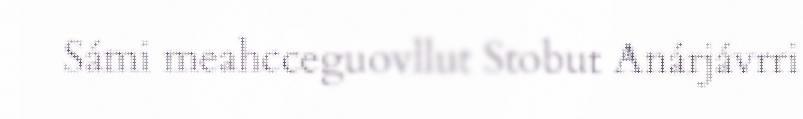
Sámi meahcceguovllut Stobut Anárjávrri